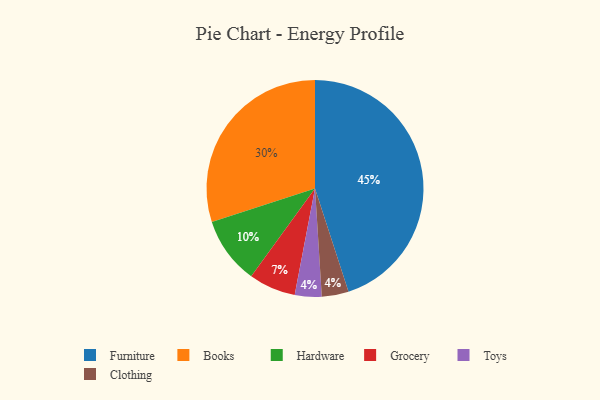
{"axis": {"x": "Category", "y": "Percentage"}, "legend": ["Books", "Clothing", "Furniture", "Grocery", "Hardware", "Toys"], "data": [{"x": "Grocery", "y": 7, "type": "Grocery"}, {"x": "Toys", "y": 4, "type": "Toys"}, {"x": "Books", "y": 30, "type": "Books"}, {"x": "Hardware", "y": 10, "type": "Hardware"}, {"x": "Clothing", "y": 4, "type": "Clothing"}, {"x": "Furniture", "y": 45, "type": "Furniture"}]}